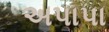
અપાપા